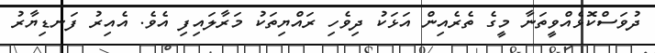
ދުވަސްކޮޅެއްވީތަނާ މީގެ ތެރެއިން އަޅަކު ދިވެހި ރައްޔިތަކު މަރާލައިފި އެވެ. އެއިރު ފަނޑިޔާރު